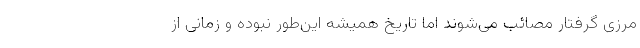
مرزی گرفتار مصائب می‌شوند اما تاریخ همیشه این‌‌طور نبوده و زمانی از